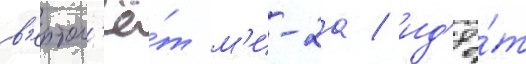
в'ертол'ё́т м'и-2а / ид'ё́т